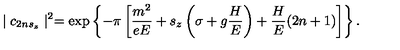
\mid c _ { 2 n s _ { z } } \mid ^ { 2 } = \exp \left\{ - \pi \left[ \frac { m ^ { 2 } } { e E } + s _ { z } \left( \sigma + g \frac H E \right) + \frac H E ( 2 n + 1 ) \right] \right\} .